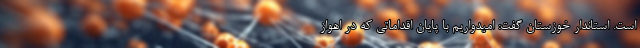
است. استاندار خوزستان گفت: امیدواریم با پایان اقداماتی که در اهواز